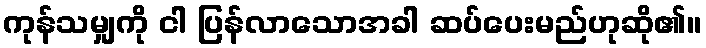
ကုန်သမျှကို ငါ ပြန်လာသောအခါ ဆပ်ပေးမည်ဟုဆို၏။